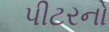
પીટરનો